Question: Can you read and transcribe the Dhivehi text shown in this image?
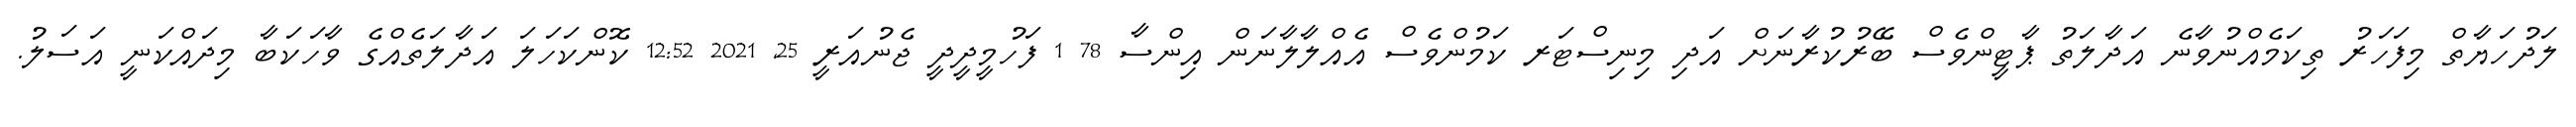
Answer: ލަދުހަޔާތް މިފަހަރު ތިކަމެއްނުވާނެ އަދާލަތު ޕާޓީންވެސް ބޭރުކުރާނަށް އަދި މިނިސްޓަރ ކަމުންވެސް އެއްލާލާނަން އިންސާ 78 1 ފަހުމީދީދީ ޖެނުއަރީ 25, 2021 12:52 ކޮންކަހަލަ އަދާލަތެއްގެ ވާހަކަބާ މިދައްކަނީ އަސަލު.